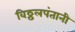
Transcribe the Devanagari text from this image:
विठ्ठलपंतानी